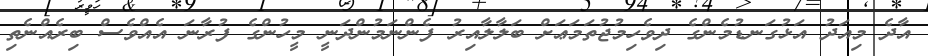
އާދެ މިއަދު އަޅުގަނޑުމެންގެ ދިވެހިމުޖުތަމަޢަށް ބަލާލާއިރު ފެންނަމުންދަނީ މީހުންގެ ފުރާނަ އެއްވެސް ބިރެއްނެތި